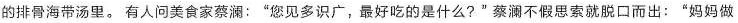
的排骨海带汤里。有人问美食家蔡澜：”您见多识广，最好吃的是什么?”蔡澜不假思索就脱口而出：”妈妈做